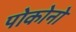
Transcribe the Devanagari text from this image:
पोकोनो